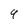
Character: 9